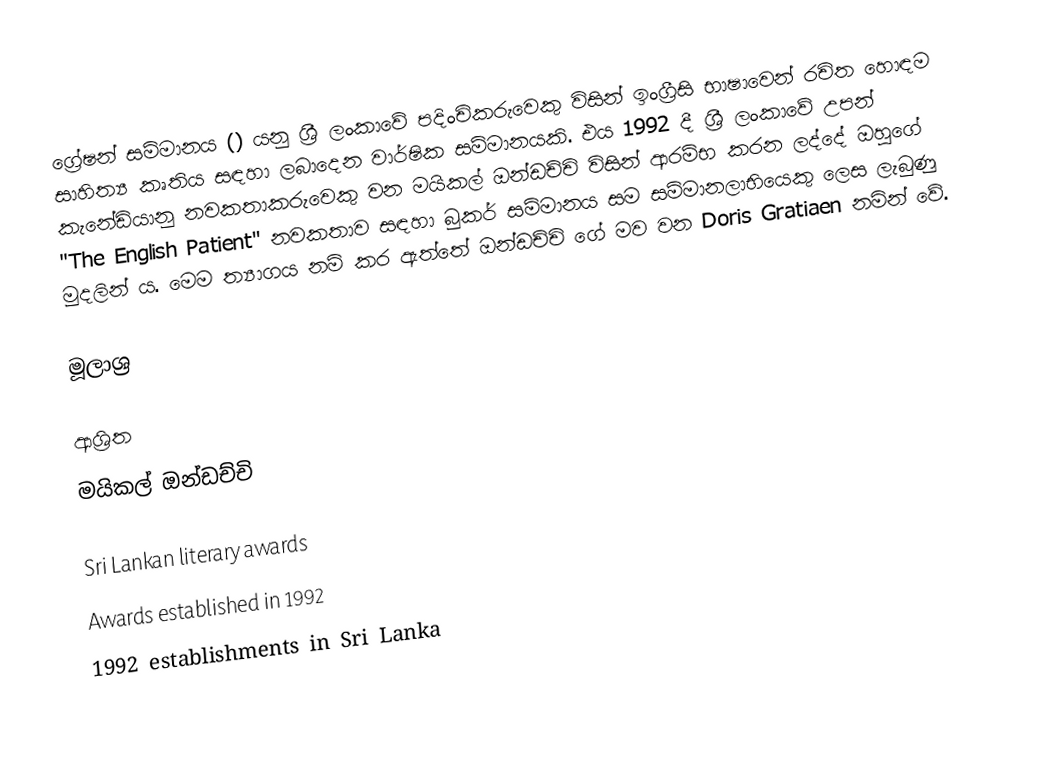
ග්‍රේෂන් සම්මානය () යනු ශ්‍රී ලංකාවේ පදිංචිකරුවෙකු විසින් ඉංග්‍රීසි භාෂාවෙන් රචිත හොඳම සාහිත්‍ය කෘතිය සඳහා ලබාදෙන වාර්ෂික සම්මානයකි. එය 1992 දී ශ්‍රී ලංකාවේ උපන් කැනේඩියානු නවකතාකරුවෙකු වන මයිකල් ඔන්ඩච්චි විසින් ආරම්භ කරන ලද්දේ ඔහුගේ "The English Patient" නවකතාව සඳහා බුකර් සම්මානය සම සම්මානලාභියෙකු ලෙස ලැබුණු මුදලින් ය. මෙම ත්‍යාගය නම් කර ඇත්තේ ඔන්ඩච්චි ගේ මව වන Doris Gratiaen නමින් වේ.

මූලාශ්‍ර

ආශ්‍රිත
 මයිකල් ඔන්ඩච්චි

Sri Lankan literary awards
Awards established in 1992
1992 establishments in Sri Lanka